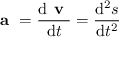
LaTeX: { \textbf { a } } = { \frac { \mathrm { d } { \textbf { v } } } { \mathrm { d } t } } = { \frac { \mathrm { d } ^ { 2 } { \boldsymbol { s } } } { \mathrm { d } t ^ { 2 } } }